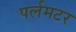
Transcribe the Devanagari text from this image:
पर्लमटर